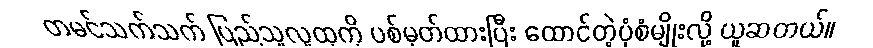
တမင်သက်သက် ပြည်သူလူထုကို ပစ်မှတ်ထားပြီး ထောင်တဲ့ပုံစံမျိုးလို့ ယူဆတယ်။